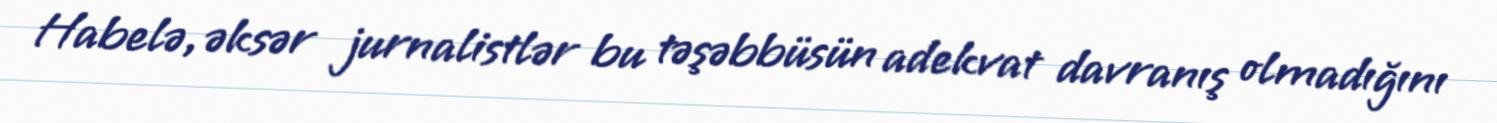
Habelə, əksər jurnalistlər bu təşəbbüsün adekvat davranış olmadığını